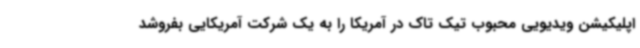
اپلیکیشن ویدیویی محبوب تیک تاک در آمریکا را به یک شرکت آمریکایی بفروشد